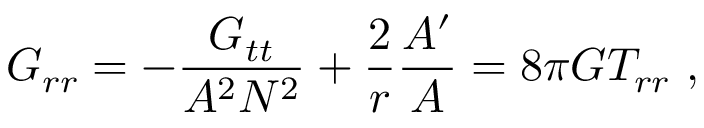
G _ { r r } = - \frac { G _ { t t } } { A ^ { 2 } N ^ { 2 } } + \frac { 2 } { r } \frac { A ^ { \prime } } { A } = 8 \pi G T _ { r r } \ ,